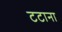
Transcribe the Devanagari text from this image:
टटाना